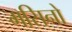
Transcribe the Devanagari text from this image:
मसिनो